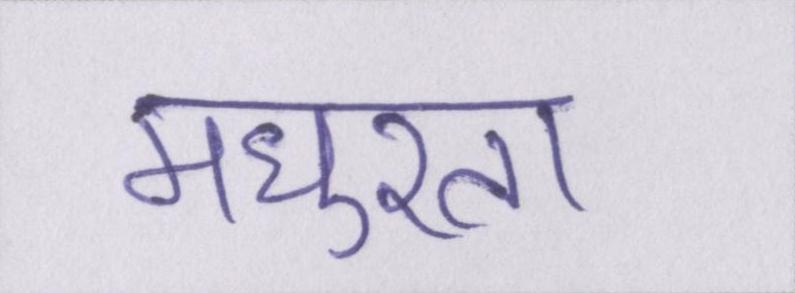
मधुरता